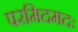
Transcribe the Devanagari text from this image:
परमिदमदः